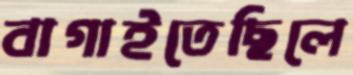
বাগাইতেছিলে